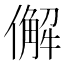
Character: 𠎿